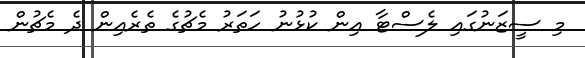
މި ސީޒަނުގައި ލެސްޓާ އިން ކުޅުނު ހަތަރު މެޗުގެ ތެރެއިން ދެ މެޗުން